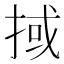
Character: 掝